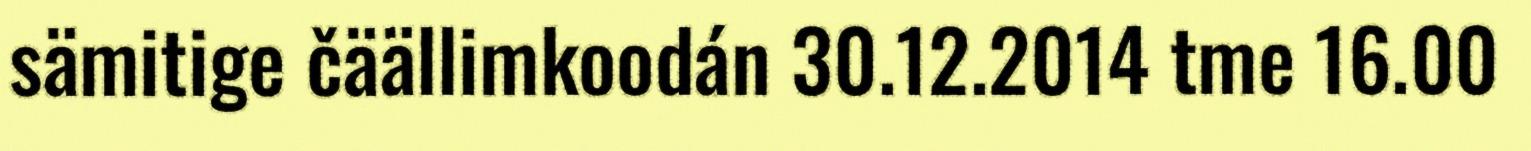
sämitige čäällimkoodán 30.12.2014 tme 16.00